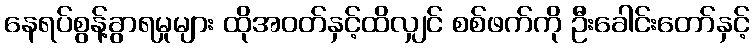
နေရပ်စွန့်ခွာရမှုများ ထိုအဝတ်နှင့်ထိလျှင် စစ်ဖက်ကို ဦးခေါင်းတော်နှင့်